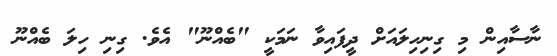
ނާސާއިން މި ގިނިހިލައަށް ދީފައިވާ ނަމަކީ "ބެއްނޫ" އެވެ. ގިނި ހިލަ ބެއްނޫ